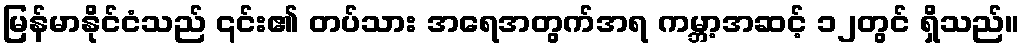
မြန်မာနိုင်ငံသည် ၎င်း၏ တပ်သား အရေအတွက်အရ ကမ္ဘာ့အဆင့် ၁၂တွင် ရှိသည်။